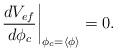
\begin{align*}\left. \frac{dV_{ef}}{d\phi _{c}}\right| _{\phi _{c}=\left\langle \phi \right\rangle }=0.\end{align*}